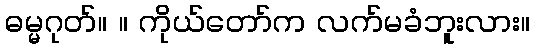
ဓမ္မဂုတ်။ ။ ကိုယ်တော်က လက်မခံဘူးလား။